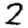
Digit: 2